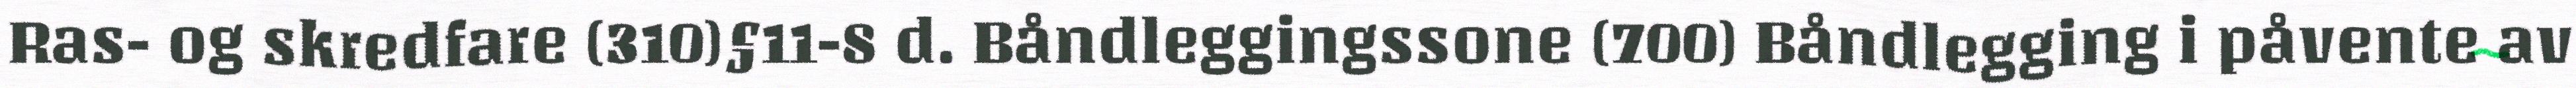
Ras- og skredfare (310)§11-8 d. Båndleggingssone (700) Båndlegging i påvente av